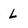
Character: L